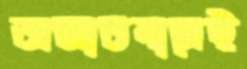
অজ্ঞাতবাসেই